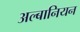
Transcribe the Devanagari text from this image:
अल्बानियन